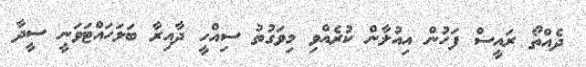
ދެއްތޯ ރައީސް ފަހުން އިއުލާން ކުރެއްވި މިވަގުތު ސިއްހީ ދާއިރާ ބަލަހައްޓަވަނީ ސީދާ